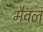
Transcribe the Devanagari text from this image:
मैवल